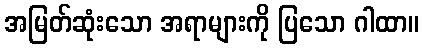
အမြတ်ဆုံးသော အရာများကို ပြသော ဂါထာ။